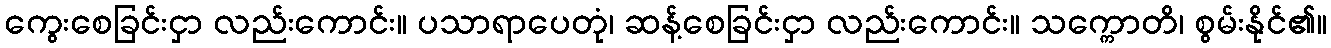
ကွေးစေခြင်းငှာ လည်းကောင်း။ ပသာရာပေတုံ၊ ဆန့်စေခြင်းငှာ လည်းကောင်း။ သက္ကောတိ၊ စွမ်းနိုင်၏။